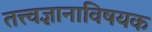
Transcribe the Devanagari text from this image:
तत्त्वज्ञानाविषयक